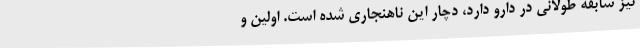
نیز سابقه طولانی در دارو دارد، دچار این ناهنجاری شده است. اولین و